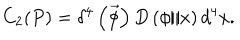
C _ { 2 } ( P ) = \delta ^ { 4 } \left( \vec { \phi } \right) D \left( \phi / x \right) d ^ { 4 } x .